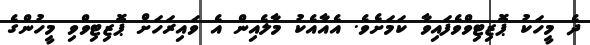
ދެ މީހަކު ޕޮޒިޓިވްވެފައިވާ ކަމަށެވެ. އެއާއެކު މާލެއިން އެ ވައިރަހަށް ޕޮޒިޓިވްވި މީހުންގެ